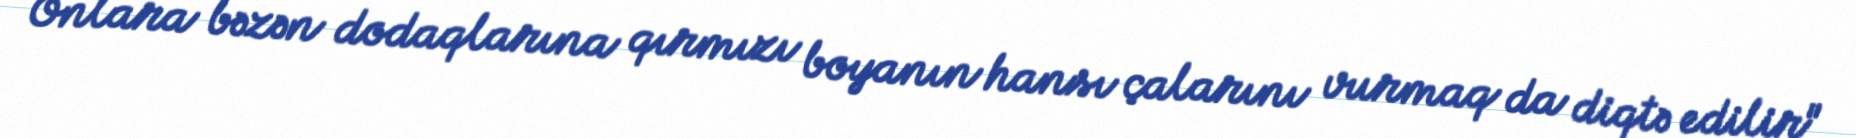
Onlara bəzən dodaqlarına qırmızı boyanın hansı çalarını vurmaq da diqtə edilir"